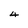
Character: 4